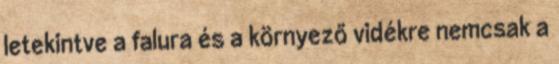
letekintve a falura és a környező vidékre nemcsak a